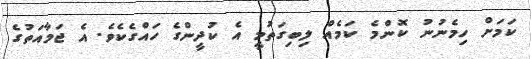
ކަމަށް ހިމެނުނު ކޮންމެ ކަމެއް ލިބިގަތުމީ އެ ކުދީންގެ ހައްގެކެވެ. އެ ޖަމާއަތުގެ